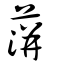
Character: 蓱